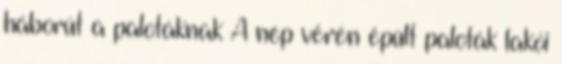
háborút a palotáknak A nép vérén épült paloták lakói